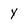
Character: y